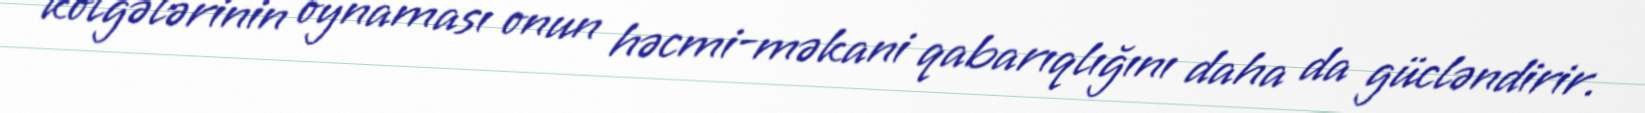
kölgələrinin oynaması onun həcmi-məkani qabarıqlığını daha da gücləndirir.